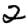
Digit: 2